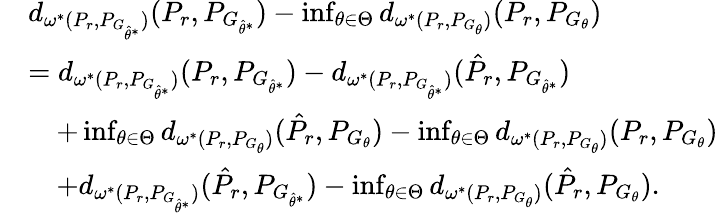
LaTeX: \begin{array}{rl}&{d_{\omega^{*}(P_{r},P_{G_{\hat{\theta}^{*}}})}(P_{r},{P}_{G_{\hat{\theta}^{*}}})-\operatorname*{inf}_{\theta\in\Theta}d_{\omega^{*}(P_{r},P_{G_{\theta}})}(P_{r},P_{G_{\theta}})}\\ &{=d_{\omega^{*}(P_{r},P_{G_{\hat{\theta}^{*}}})}(P_{r},{P}_{G_{\hat{\theta}^{*}}})-d_{\omega^{*}(P_{r},P_{G_{\hat{\theta}^{*}}})}(\hat{P}_{r},{P}_{G_{\hat{\theta}^{*}}})}\\ &{\quad+\operatorname*{inf}_{\theta\in\Theta}d_{\omega^{*}(P_{r},P_{G_{\theta}})}(\hat{P}_{r},P_{G_{\theta}})-\operatorname*{inf}_{\theta\in\Theta}d_{\omega^{*}(P_{r},P_{G_{\theta}})}(P_{r},P_{G_{\theta}})}\\ &{\quad+d_{\omega^{*}(P_{r},P_{G_{\hat{\theta}^{*}}})}(\hat{P}_{r},{P}_{G_{\hat{\theta}^{*}}})-\operatorname*{inf}_{\theta\in\Theta}d_{\omega^{*}(P_{r},P_{G_{\theta}})}(\hat{P}_{r},P_{G_{\theta}}).}\end{array}